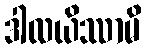
ဒါလယိဿာမိ